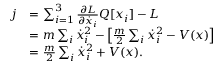
{ \begin{array} { r l } { j } & { = \sum _ { i = 1 } ^ { 3 } { \frac { \partial L } { \partial { \dot { x } } _ { i } } } Q [ x _ { i } ] - L } \\ & { = m \sum _ { i } { \dot { x } } _ { i } ^ { 2 } - \left[ { \frac { m } { 2 } } \sum _ { i } { \dot { x } } _ { i } ^ { 2 } - V ( x ) \right] } \\ & { = { \frac { m } { 2 } } \sum _ { i } { \dot { x } } _ { i } ^ { 2 } + V ( x ) . } \end{array} }